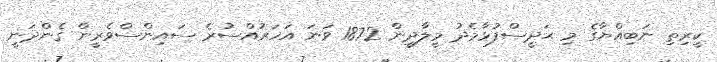
ކީރިތި ނަބިއްޔާގެ މި ޙަދީސްފުޅާމެދު މީލާދީން 1872 ވަނަ އަހަރުއްސުރެ ސައިންސްވެރީން ގެންދަނީ